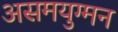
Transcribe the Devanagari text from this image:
असमयुग्मन